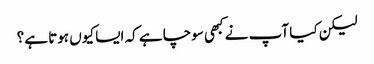
لیکن کیا آپ نے کبھی سوچا ہے کہ ایسا کیوں ہوتا ہے؟